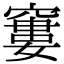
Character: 窶